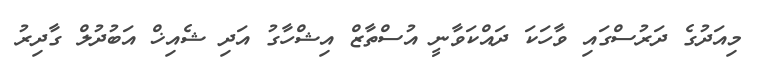
މިއަދުގެ ދަރުސްގައި ވާހަކަ ދައްކަވާނީ އުސްތާޒް އިޝްހާގު އަދި ޝެއިޚް އަބުދުލް ގާދިރު